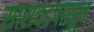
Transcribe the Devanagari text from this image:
सासवडपासून